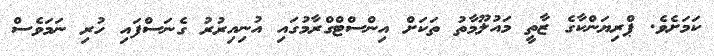
ކަމަށެވެ. ޕްރިޔަންކާގެ ޒާތީ މައުލޫމާތު ތަކަށް އިންސްޓްގްރާމުގައި އުނިއިރުރު ގެނަސްފައި ހުރި ނަމަވެސް